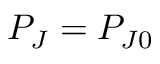
P _ { J } = P _ { J 0 }